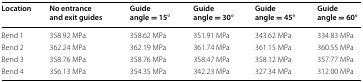
<table><thead><tr><td><b>Location</b></td><td><b>No entrance and exit guides</b></td><td><b>Guide angle = 15°</b></td><td><b>Guide angle = 30°</b></td><td><b>Guide angle = 45°</b></td><td><b>Guide angle = 60°</b></td></tr></thead><tbody><tr><td>Bend 1</td><td>358.92 MPa</td><td>358.62 MPa</td><td>351.91 MPa</td><td>343.62 MPa</td><td>334.83 MPa</td></tr><tr><td>Bend 2</td><td>362.24 MPa</td><td>362.19 MPa</td><td>361.74 MPa</td><td>361.15 MPa</td><td>360.55 MPa</td></tr><tr><td>Bend 3</td><td>358.76 MPa</td><td>358.76 MPa</td><td>358.47 MPa</td><td>358.12 MPa</td><td>357.77 MPa</td></tr><tr><td>Bend 4</td><td>356.13 MPa</td><td>354.35 MPa</td><td>342.23 MPa</td><td>327.34 MPa</td><td>312.00 MPa</td></tr></tbody></table>